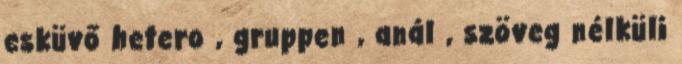
esküvő hetero , gruppen , anál , szöveg nélküli